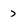
Character: 7